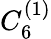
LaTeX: {C}_{6}^{(1)}